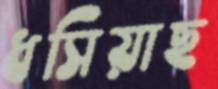
ধসিয়াছ